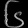
Digit: ၆